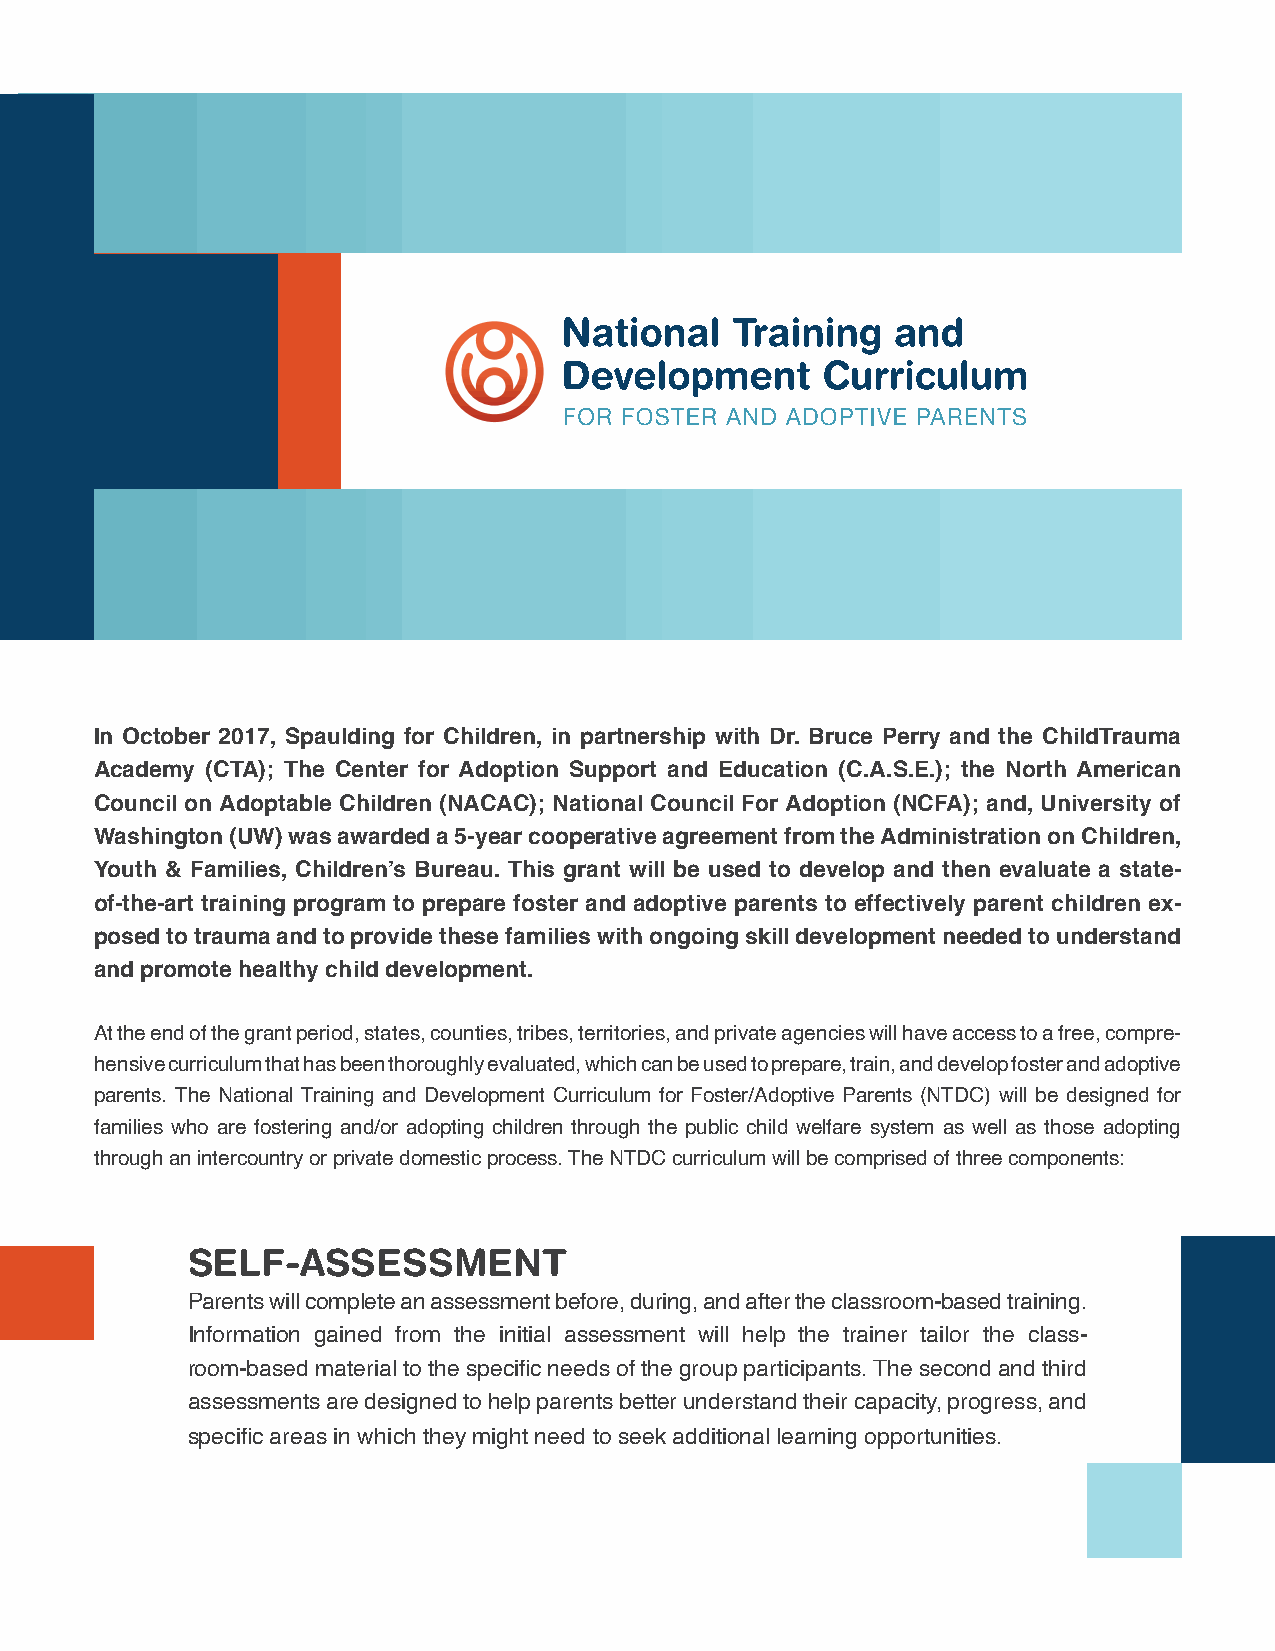
In October 2017, Spaulding for Children, in partnership with Dr. Bruce Perry and the ChildTrauma
 Academy (CTA); The Center for Adoption Support and Education (C.A.S.E.); the North American
 Council on Adoptable Children (NACAC); National Council For Adoption (NCFA); and, University of
 Washington (UW) was awarded a 5-year cooperative agreement from the Administration on Children,
 Youth & Families, Children’s Bureau. This grant will be used to develop and then evaluate a state-
 of-the-art training program to prepare foster and adoptive parents to effectively parent children ex-
 posed to trauma and to provide these families with ongoing skill development needed to understand
 and promote healthy child development.
 At the end of the grant period, states, counties, tribes, territories, and private agencies will have access to a free, compre-
 hensive curriculum that has been thoroughly evaluated, which can be used to prepare, train, and develop foster and adoptive
 parents. The National Training and Development Curriculum for Foster/Adoptive Parents (NTDC) will be designed for
 families who are fostering and/or adopting children through the public child welfare system as well as those adopting
 through an intercountry or private domestic process. The NTDC curriculum will be comprised of three components:
 SELF-ASSESSMENT
 Parents will complete an assessment before, during, and after the classroom-based training.
 Information gained from the initial assessment will help the trainer tailor the class-
 room-based material to the specific needs of the group participants. The second and third
 assessments are designed to help parents better understand their capacity, progress, and
 specific areas in which they might need to seek additional learning opportunities.